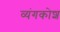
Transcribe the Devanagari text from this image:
व्यंगकोश